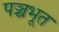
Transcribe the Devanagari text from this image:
पञ्चभूत